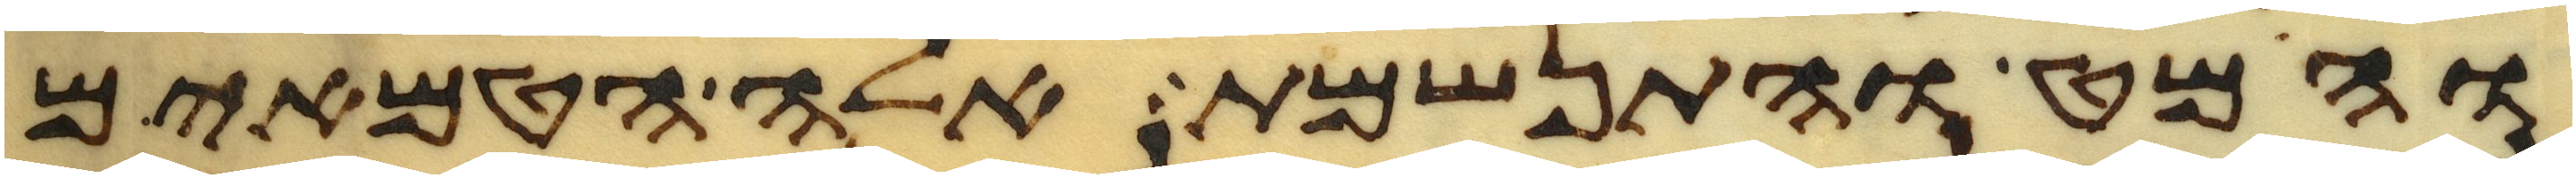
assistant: והמט והתנשמת אלה הטמאים